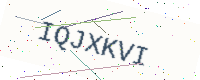
Text: IQJXKVI